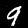
Label: 9